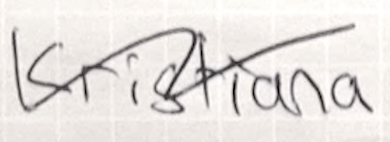
Text: Kristiania
Cross-out: wave
Writing tool: ballpoint